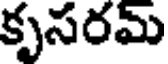
కృసరమ్